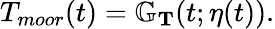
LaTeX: \begin{array}{r}{T_{moor}(t)=\mathbb G_{\mathbf{T}}(t;\eta(t)).}\end{array}